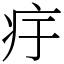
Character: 㽳